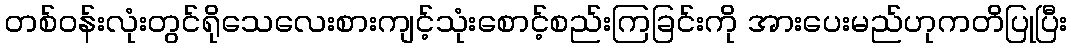
တစ်ဝန်းလုံးတွင်ရိုသေလေးစားကျင့်သုံးစောင့်စည်းကြခြင်းကို အားပေးမည်ဟုကတိပြုပြီး